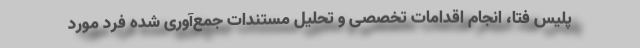
پلیس فتا، انجام اقدامات تخصصی و تحلیل مستندات جمع‌آوری شده فرد مورد